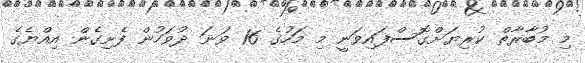
މި މުބާރާތް ކުރިޔަށްގޮސްފައިވަނީ މި މަހުގެ 16 ވަނަ ދުވަހުން ފެށިގެން އިއްޔެގެ